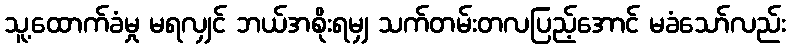
သူ့ထောက်ခံမှု မရလျှင် ဘယ်အစိုးရမျှ သက်တမ်းတလပြည့်အောင် မခံသော်လည်း